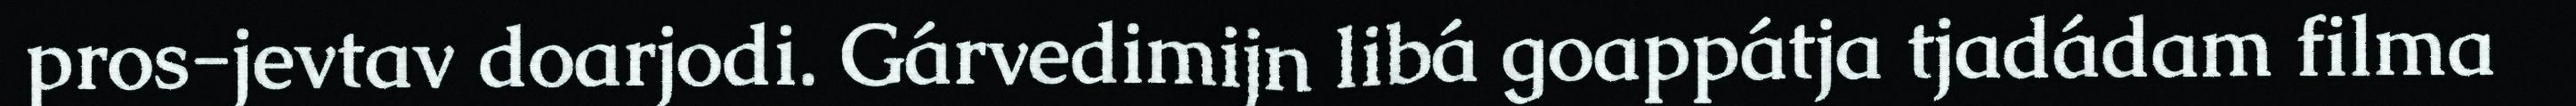
pros-jevtav doarjodi. Gárvedimijn libá goappátja tjadádam filma